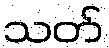
သတ်